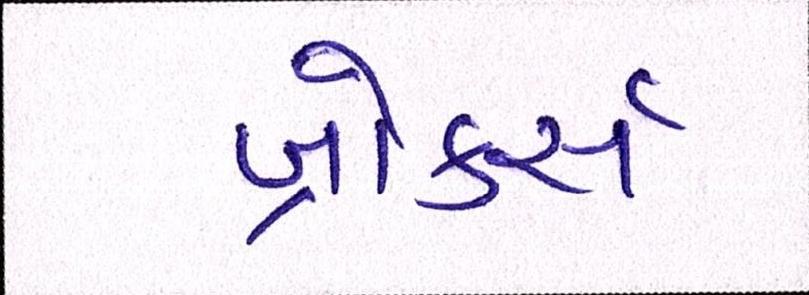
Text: બ્રોકર્સ